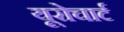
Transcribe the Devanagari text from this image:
यूरोचार्ट